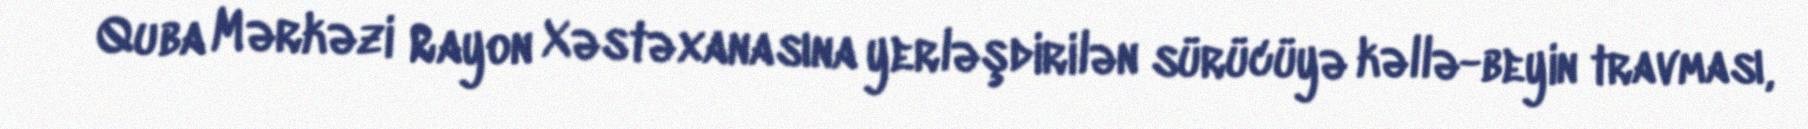
Quba Mərkəzi Rayon Xəstəxanasına yerləşdirilən sürücüyə kəllə-beyin travması,